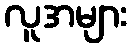
လူအများ